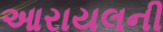
આરાયલની